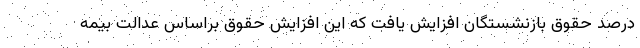
درصد حقوق بازنشستگان افزایش یافت که این افزایش حقوق براساس عدالت بیمه